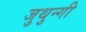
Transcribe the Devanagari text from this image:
जुथुन्गी